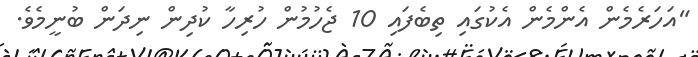
"އަހަރެމެން އެންމެން އެކުގައި ތިބެފައި 10 ޖެހުމުން ހުރިހާ ކުދިން ނިދަން ބުނީމެވެ.